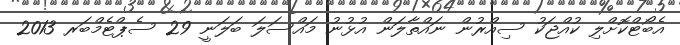
އެބޯޓްކޮށްލި ކުއްޖަކު ސިއްރުން ނައްތާލަން އުޅުނު މައްސަލަ ބަލަނީ 29 ސެޕްޓެމްބަރ 2013